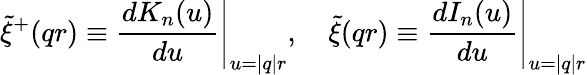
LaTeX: \left.\widetilde{\xi}^{+}(qr)\equiv\frac{dK_{n}(u)}{du}\right|_{u=|q|r},\left.\quad\widetilde{\xi}(qr)\equiv\frac{dI_{n}(u)}{du}\right|_{u=|q|r}